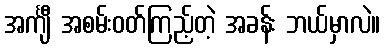
အင်္ကျီ အစမ်းဝတ်ကြည့်တဲ့ အခန်း ဘယ်မှာလဲ။